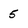
Character: 5